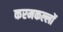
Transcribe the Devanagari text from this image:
करमकल्लों